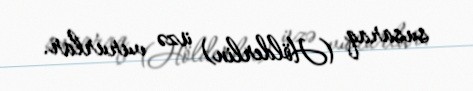
susaraq (Hölderlin) üzə vururlar.